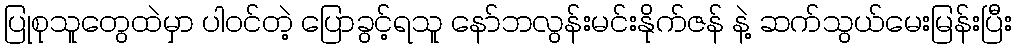
ပြုစုသူတွေထဲမှာ ပါဝင်တဲ့ ပြောခွင့်ရသူ နော်ဘလွန်းမင်းနိုက်ဇန် နဲ့ ဆက်သွယ်မေးမြန်းပြီး